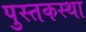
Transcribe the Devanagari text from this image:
पुस्तकस्था